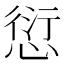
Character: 愆